Civil Veterinary Department Bengal reports 1923-33 - 1923-1933
Year: 1923
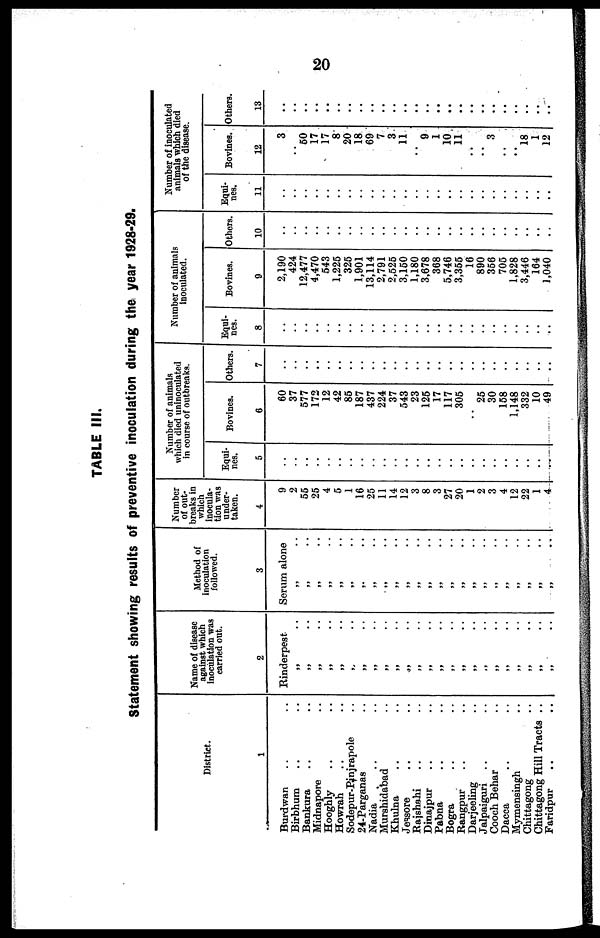
20
TABLE III.
Statement showing results of preventive inoculation during the year 1928-29.
District.
1
Burdwan .. ..
Birbhum .. ..
Bankura .. ..
Midnapore .. ..
Hooghly .. ..
Howrah .. ..
Sodepur-Pinjrapole ..
24-Parganas ..
Nadia .. ..
Murshidabad .. ..
Khulna .. ..
Jessore .. ..
Rajshahi .. ..
Dinajpur .. ..
Pabna .. ..
Bogra .. ..
Rangpur .. ..
Darjeeling ..
Jalpaiguri .. ..
Cooch Behar ..
Dacca .. ..
Mymensingh ..
Chittagong ..
Chittagong Hill Tracts ..
Faridpur .. ..
Name of disease
against which
inoculation was
carried out.
2
Rinderpest.
„ ..
„ ..
„ ..
„ ..
„ ..
„ ..
„ ..
„ ..
„ ..
„ ..
„ ..
„ ..
„ ..
„ ..
„ ..
„ ..
„ ..
„ ..
„ ..
„ ..
„ ..
„ ..
„ ..
„ ..
Method of
inoculation
followed.
3
Serum alone
„ ..
„ ..
„ ..
„ ..
„ ..
„ ..
„ ..
„ ..
„ ..
„ ..
„ ..
„ ..
„ ..
„ ..
„ ..
„ ..
„ ..
„ ..
„ ..
„ ..
„ ..
„ ..
„ ..
„ ..
Number
of out-
breaks in
which
inocula-
tion was
under-
taken.
4
9
2
55
25
4
5
1
16
25
11
14
12
3
8
3
27
20
1
2
3
4
12
22
1
4
Number of animals
which died uninoculated
in course of outbreaks.
Equi-
nes.
5
..
..
..
..
..
..
..
..
..
..
..
..
..
..
..
..
..
..
..
..
..
..
..
..
..
Bovines.
6
60
37
577
172
12
42
85
187
437
224
37
543
23
125
17
117
305
25
30
158
1,148
332
10
49
Others.
7
..
..
..
..
..
..
..
..
..
..
..
..
..
..
..
..
..
..
..
..
..
..
..
..
..
Number of animals
inoculated.
Equi-
nes.
8
..
..
..
..
..
..
..
..
..
..
..
..
..
..
..
..
..
..
..
..
..
..
..
..
..
Bovines.
9
2,190
424
12,477
4,470
543
1,225
325
1,901
13,114
2,791
2,525
3,150
1,180
3,678
368
5,746
3,355
16
890
356
705
1,828
3,446
164
1,040
Others.
10
..
..
..
..
..
..
..
..
..
..
..
..
..
..
..
..
..
..
..
..
..
..
..
..
..
Number of inoculated
animals which died
of the disease.
Equi-
nes.
11
..
..
..
..
..
..
..
..
..
..
..
..
..
..
..
..
..
..
..
..
..
..
..
..
..
Bovines.
12
3
..
50
17
17
8
20
18
69
7
3
11
..
9
1
10
11
..
..
3
..
..
18
1
12
Others.
13
..
..
..
..
..
..
..
..
..
..
..
..
..
..
..
..
..
..
..
..
..
..
..
..